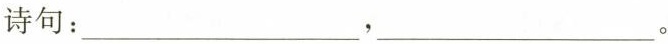
诗句：___，___。